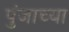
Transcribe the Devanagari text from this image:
पुंजाच्या